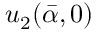
u _ { 2 } ( \bar { \alpha } , 0 )